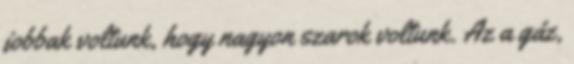
jobbak voltunk, hogy nagyon szarok voltunk. Az a gáz,